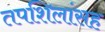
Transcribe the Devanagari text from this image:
तपशिलांसह